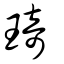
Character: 琦